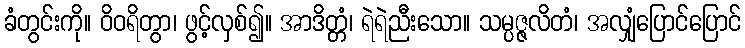
ခံတွင်းကို။ ဝိဝရိတွာ၊ ဖွင့်လှစ်၍။ အာဒိတ္တံ၊ ရဲရဲညီးသော။ သမ္ပဇ္ဇလိတံ၊ အလျှံပြောင်ပြောင်